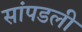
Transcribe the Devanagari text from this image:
सांपडली